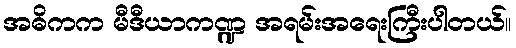
အဓိကက မီဒီယာကဏ္ဍ အရမ်းအရေးကြီးပါတယ်။